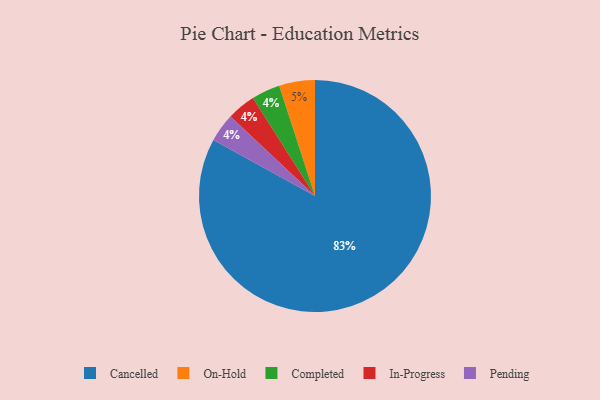
{"axis": {"x": "Category", "y": "Percentage"}, "legend": ["Cancelled", "Completed", "In-Progress", "On-Hold", "Pending"], "data": [{"x": "On-Hold", "y": 5, "type": "On-Hold"}, {"x": "Completed", "y": 4, "type": "Completed"}, {"x": "Cancelled", "y": 83, "type": "Cancelled"}, {"x": "In-Progress", "y": 4, "type": "In-Progress"}, {"x": "Pending", "y": 4, "type": "Pending"}]}